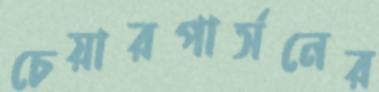
চেয়ারপার্সনের